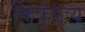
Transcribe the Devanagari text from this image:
किर्कुइत्र्य